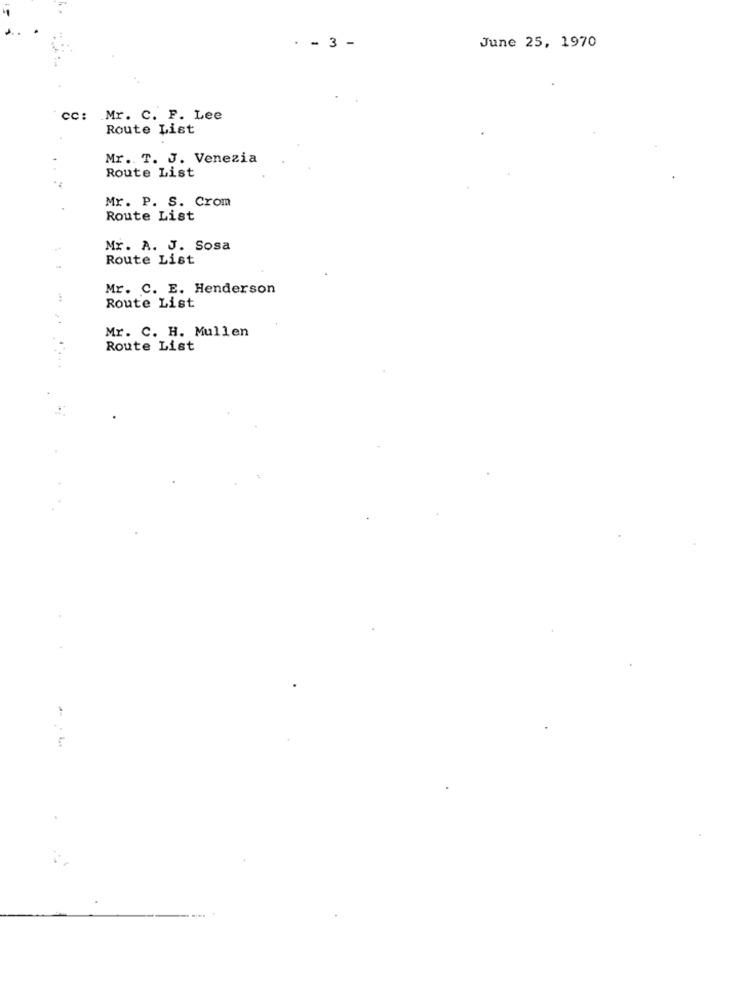
- 3 -
June 25, 1970
cc: Mr. C. F. Lee
Route List
Mr. T. J. Venezia
Route List
Mr. P. S. Crom
Route List
Mr. A. J. Sosa
Route List
Mr. C. E. Henderson
Route List
Mr. C. H. Mullen
Route List